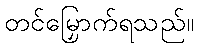
တင်မြှောက်ရသည်။